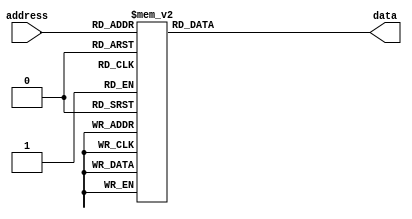
// From mame/robotron/decoder.6
 
module decoder_6 (
        input [8:0] address,
        output reg [7:0] data);

  always @(*)
    case (address)
        9'b000000000: // 0
            data = 8'b00000000; // 0
        9'b000000001: // 1
            data = 8'b00000000; // 0
        9'b000000010: // 2
            data = 8'b00000001; // 1
        9'b000000011: // 3
            data = 8'b00000010; // 2
        9'b000000100: // 4
            data = 8'b00000011; // 3
        9'b000000101: // 5
            data = 8'b00000100; // 4
        9'b000000110: // 6
            data = 8'b00000101; // 5
        9'b000000111: // 7
            data = 8'b00000110; // 6
        9'b000001000: // 8
            data = 8'b00000111; // 7
        9'b000001001: // 9
            data = 8'b00001000; // 8
        9'b000001010: // a
            data = 8'b00001001; // 9
        9'b000001011: // b
            data = 8'b00001010; // a
        9'b000001100: // c
            data = 8'b00001011; // b
        9'b000001101: // d
            data = 8'b00001100; // c
        9'b000001110: // e
            data = 8'b00001101; // d
        9'b000001111: // f
            data = 8'b00001110; // e
        9'b000010000: // 10
            data = 8'b00001111; // f
        9'b000010001: // 11
            data = 8'b00010000; // 10
        9'b000010010: // 12
            data = 8'b00010001; // 11
        9'b000010011: // 13
            data = 8'b00010010; // 12
        9'b000010100: // 14
            data = 8'b00010011; // 13
        9'b000010101: // 15
            data = 8'b00010100; // 14
        9'b000010110: // 16
            data = 8'b00010101; // 15
        9'b000010111: // 17
            data = 8'b00010110; // 16
        9'b000011000: // 18
            data = 8'b00010111; // 17
        9'b000011001: // 19
            data = 8'b00011000; // 18
        9'b000011010: // 1a
            data = 8'b00011001; // 19
        9'b000011011: // 1b
            data = 8'b00011010; // 1a
        9'b000011100: // 1c
            data = 8'b00011011; // 1b
        9'b000011101: // 1d
            data = 8'b00011100; // 1c
        9'b000011110: // 1e
            data = 8'b00011101; // 1d
        9'b000011111: // 1f
            data = 8'b00011110; // 1e
        9'b000100000: // 20
            data = 8'b00011111; // 1f
        9'b000100001: // 21
            data = 8'b00100000; // 20
        9'b000100010: // 22
            data = 8'b00100001; // 21
        9'b000100011: // 23
            data = 8'b00100010; // 22
        9'b000100100: // 24
            data = 8'b00100011; // 23
        9'b000100101: // 25
            data = 8'b00100100; // 24
        9'b000100110: // 26
            data = 8'b00100101; // 25
        9'b000100111: // 27
            data = 8'b00100110; // 26
        9'b000101000: // 28
            data = 8'b00100111; // 27
        9'b000101001: // 29
            data = 8'b00101000; // 28
        9'b000101010: // 2a
            data = 8'b00101001; // 29
        9'b000101011: // 2b
            data = 8'b00101010; // 2a
        9'b000101100: // 2c
            data = 8'b00101011; // 2b
        9'b000101101: // 2d
            data = 8'b00101100; // 2c
        9'b000101110: // 2e
            data = 8'b00101101; // 2d
        9'b000101111: // 2f
            data = 8'b00101110; // 2e
        9'b000110000: // 30
            data = 8'b00101111; // 2f
        9'b000110001: // 31
            data = 8'b00110000; // 30
        9'b000110010: // 32
            data = 8'b00110001; // 31
        9'b000110011: // 33
            data = 8'b00110010; // 32
        9'b000110100: // 34
            data = 8'b00110011; // 33
        9'b000110101: // 35
            data = 8'b00110100; // 34
        9'b000110110: // 36
            data = 8'b00110101; // 35
        9'b000110111: // 37
            data = 8'b00110110; // 36
        9'b000111000: // 38
            data = 8'b00110111; // 37
        9'b000111001: // 39
            data = 8'b00111000; // 38
        9'b000111010: // 3a
            data = 8'b00111001; // 39
        9'b000111011: // 3b
            data = 8'b00111010; // 3a
        9'b000111100: // 3c
            data = 8'b00111011; // 3b
        9'b000111101: // 3d
            data = 8'b00111100; // 3c
        9'b000111110: // 3e
            data = 8'b00111101; // 3d
        9'b000111111: // 3f
            data = 8'b00111110; // 3e
        9'b001000000: // 40
            data = 8'b00111111; // 3f
        9'b001000001: // 41
            data = 8'b01000000; // 40
        9'b001000010: // 42
            data = 8'b01000001; // 41
        9'b001000011: // 43
            data = 8'b01000010; // 42
        9'b001000100: // 44
            data = 8'b01000011; // 43
        9'b001000101: // 45
            data = 8'b01000100; // 44
        9'b001000110: // 46
            data = 8'b01000101; // 45
        9'b001000111: // 47
            data = 8'b01000110; // 46
        9'b001001000: // 48
            data = 8'b01000111; // 47
        9'b001001001: // 49
            data = 8'b01001000; // 48
        9'b001001010: // 4a
            data = 8'b01001001; // 49
        9'b001001011: // 4b
            data = 8'b01001010; // 4a
        9'b001001100: // 4c
            data = 8'b01001011; // 4b
        9'b001001101: // 4d
            data = 8'b01001100; // 4c
        9'b001001110: // 4e
            data = 8'b01001101; // 4d
        9'b001001111: // 4f
            data = 8'b01001110; // 4e
        9'b001010000: // 50
            data = 8'b01001111; // 4f
        9'b001010001: // 51
            data = 8'b01010000; // 50
        9'b001010010: // 52
            data = 8'b01010001; // 51
        9'b001010011: // 53
            data = 8'b01010010; // 52
        9'b001010100: // 54
            data = 8'b01010011; // 53
        9'b001010101: // 55
            data = 8'b01010100; // 54
        9'b001010110: // 56
            data = 8'b01010101; // 55
        9'b001010111: // 57
            data = 8'b01010110; // 56
        9'b001011000: // 58
            data = 8'b01010111; // 57
        9'b001011001: // 59
            data = 8'b01011000; // 58
        9'b001011010: // 5a
            data = 8'b01011001; // 59
        9'b001011011: // 5b
            data = 8'b01011010; // 5a
        9'b001011100: // 5c
            data = 8'b01011011; // 5b
        9'b001011101: // 5d
            data = 8'b01011100; // 5c
        9'b001011110: // 5e
            data = 8'b01011101; // 5d
        9'b001011111: // 5f
            data = 8'b01011110; // 5e
        9'b001100000: // 60
            data = 8'b01011111; // 5f
        9'b001100001: // 61
            data = 8'b01100000; // 60
        9'b001100010: // 62
            data = 8'b01100001; // 61
        9'b001100011: // 63
            data = 8'b01100010; // 62
        9'b001100100: // 64
            data = 8'b01100011; // 63
        9'b001100101: // 65
            data = 8'b01100100; // 64
        9'b001100110: // 66
            data = 8'b01100101; // 65
        9'b001100111: // 67
            data = 8'b01100110; // 66
        9'b001101000: // 68
            data = 8'b01100111; // 67
        9'b001101001: // 69
            data = 8'b01101000; // 68
        9'b001101010: // 6a
            data = 8'b01101001; // 69
        9'b001101011: // 6b
            data = 8'b01101010; // 6a
        9'b001101100: // 6c
            data = 8'b01101011; // 6b
        9'b001101101: // 6d
            data = 8'b01101100; // 6c
        9'b001101110: // 6e
            data = 8'b01101101; // 6d
        9'b001101111: // 6f
            data = 8'b01101110; // 6e
        9'b001110000: // 70
            data = 8'b01101111; // 6f
        9'b001110001: // 71
            data = 8'b01110000; // 70
        9'b001110010: // 72
            data = 8'b01110001; // 71
        9'b001110011: // 73
            data = 8'b01110010; // 72
        9'b001110100: // 74
            data = 8'b01110011; // 73
        9'b001110101: // 75
            data = 8'b01110100; // 74
        9'b001110110: // 76
            data = 8'b01110101; // 75
        9'b001110111: // 77
            data = 8'b01110110; // 76
        9'b001111000: // 78
            data = 8'b01110111; // 77
        9'b001111001: // 79
            data = 8'b01111000; // 78
        9'b001111010: // 7a
            data = 8'b01111001; // 79
        9'b001111011: // 7b
            data = 8'b01111010; // 7a
        9'b001111100: // 7c
            data = 8'b01111011; // 7b
        9'b001111101: // 7d
            data = 8'b01111100; // 7c
        9'b001111110: // 7e
            data = 8'b01111101; // 7d
        9'b001111111: // 7f
            data = 8'b01111110; // 7e
        9'b010000000: // 80
            data = 8'b01111111; // 7f
        9'b010000001: // 81
            data = 8'b10000000; // 80
        9'b010000010: // 82
            data = 8'b10000001; // 81
        9'b010000011: // 83
            data = 8'b10000010; // 82
        9'b010000100: // 84
            data = 8'b10000011; // 83
        9'b010000101: // 85
            data = 8'b10000100; // 84
        9'b010000110: // 86
            data = 8'b10000101; // 85
        9'b010000111: // 87
            data = 8'b10000110; // 86
        9'b010001000: // 88
            data = 8'b10000111; // 87
        9'b010001001: // 89
            data = 8'b10001000; // 88
        9'b010001010: // 8a
            data = 8'b10001001; // 89
        9'b010001011: // 8b
            data = 8'b10001010; // 8a
        9'b010001100: // 8c
            data = 8'b10001011; // 8b
        9'b010001101: // 8d
            data = 8'b10001100; // 8c
        9'b010001110: // 8e
            data = 8'b10001101; // 8d
        9'b010001111: // 8f
            data = 8'b10001110; // 8e
        9'b010010000: // 90
            data = 8'b10001111; // 8f
        9'b010010001: // 91
            data = 8'b10010000; // 90
        9'b010010010: // 92
            data = 8'b10010001; // 91
        9'b010010011: // 93
            data = 8'b10010010; // 92
        9'b010010100: // 94
            data = 8'b10010011; // 93
        9'b010010101: // 95
            data = 8'b10010100; // 94
        9'b010010110: // 96
            data = 8'b10010101; // 95
        9'b010010111: // 97
            data = 8'b10010110; // 96
        9'b010011000: // 98
            data = 8'b10010111; // 97
        9'b010011001: // 99
            data = 8'b10011000; // 98
        9'b010011010: // 9a
            data = 8'b10011001; // 99
        9'b010011011: // 9b
            data = 8'b10011010; // 9a
        9'b010011100: // 9c
            data = 8'b10011011; // 9b
        9'b010011101: // 9d
            data = 8'b10011100; // 9c
        9'b010011110: // 9e
            data = 8'b10011101; // 9d
        9'b010011111: // 9f
            data = 8'b10011110; // 9e
        9'b010100000: // a0
            data = 8'b10011111; // 9f
        9'b010100001: // a1
            data = 8'b10100000; // a0
        9'b010100010: // a2
            data = 8'b10100001; // a1
        9'b010100011: // a3
            data = 8'b10100010; // a2
        9'b010100100: // a4
            data = 8'b10100011; // a3
        9'b010100101: // a5
            data = 8'b10100100; // a4
        9'b010100110: // a6
            data = 8'b10100101; // a5
        9'b010100111: // a7
            data = 8'b10100110; // a6
        9'b010101000: // a8
            data = 8'b10100111; // a7
        9'b010101001: // a9
            data = 8'b10101000; // a8
        9'b010101010: // aa
            data = 8'b10101001; // a9
        9'b010101011: // ab
            data = 8'b10101010; // aa
        9'b010101100: // ac
            data = 8'b10101011; // ab
        9'b010101101: // ad
            data = 8'b10101100; // ac
        9'b010101110: // ae
            data = 8'b10101101; // ad
        9'b010101111: // af
            data = 8'b10101110; // ae
        9'b010110000: // b0
            data = 8'b10101111; // af
        9'b010110001: // b1
            data = 8'b10110000; // b0
        9'b010110010: // b2
            data = 8'b10110001; // b1
        9'b010110011: // b3
            data = 8'b10110010; // b2
        9'b010110100: // b4
            data = 8'b10110011; // b3
        9'b010110101: // b5
            data = 8'b10110100; // b4
        9'b010110110: // b6
            data = 8'b10110101; // b5
        9'b010110111: // b7
            data = 8'b10110110; // b6
        9'b010111000: // b8
            data = 8'b10110111; // b7
        9'b010111001: // b9
            data = 8'b10111000; // b8
        9'b010111010: // ba
            data = 8'b10111001; // b9
        9'b010111011: // bb
            data = 8'b10111010; // ba
        9'b010111100: // bc
            data = 8'b10111011; // bb
        9'b010111101: // bd
            data = 8'b10111100; // bc
        9'b010111110: // be
            data = 8'b10111101; // bd
        9'b010111111: // bf
            data = 8'b10111110; // be
        9'b011000000: // c0
            data = 8'b10111111; // bf
        9'b011000001: // c1
            data = 8'b11000000; // c0
        9'b011000010: // c2
            data = 8'b11000001; // c1
        9'b011000011: // c3
            data = 8'b11000010; // c2
        9'b011000100: // c4
            data = 8'b11000011; // c3
        9'b011000101: // c5
            data = 8'b11000100; // c4
        9'b011000110: // c6
            data = 8'b11000101; // c5
        9'b011000111: // c7
            data = 8'b11000110; // c6
        9'b011001000: // c8
            data = 8'b11000111; // c7
        9'b011001001: // c9
            data = 8'b11001000; // c8
        9'b011001010: // ca
            data = 8'b11001001; // c9
        9'b011001011: // cb
            data = 8'b11001010; // ca
        9'b011001100: // cc
            data = 8'b11001011; // cb
        9'b011001101: // cd
            data = 8'b11001100; // cc
        9'b011001110: // ce
            data = 8'b11001101; // cd
        9'b011001111: // cf
            data = 8'b11001110; // ce
        9'b011010000: // d0
            data = 8'b11001111; // cf
        9'b011010001: // d1
            data = 8'b11010000; // d0
        9'b011010010: // d2
            data = 8'b11010001; // d1
        9'b011010011: // d3
            data = 8'b11010010; // d2
        9'b011010100: // d4
            data = 8'b11010011; // d3
        9'b011010101: // d5
            data = 8'b11010100; // d4
        9'b011010110: // d6
            data = 8'b11010101; // d5
        9'b011010111: // d7
            data = 8'b11010110; // d6
        9'b011011000: // d8
            data = 8'b11010111; // d7
        9'b011011001: // d9
            data = 8'b11011000; // d8
        9'b011011010: // da
            data = 8'b11011001; // d9
        9'b011011011: // db
            data = 8'b11011010; // da
        9'b011011100: // dc
            data = 8'b11011011; // db
        9'b011011101: // dd
            data = 8'b11011100; // dc
        9'b011011110: // de
            data = 8'b11011101; // dd
        9'b011011111: // df
            data = 8'b11011110; // de
        9'b011100000: // e0
            data = 8'b11011111; // df
        9'b011100001: // e1
            data = 8'b11100000; // e0
        9'b011100010: // e2
            data = 8'b11100001; // e1
        9'b011100011: // e3
            data = 8'b11100010; // e2
        9'b011100100: // e4
            data = 8'b11100011; // e3
        9'b011100101: // e5
            data = 8'b11100100; // e4
        9'b011100110: // e6
            data = 8'b11100101; // e5
        9'b011100111: // e7
            data = 8'b11100110; // e6
        9'b011101000: // e8
            data = 8'b11100111; // e7
        9'b011101001: // e9
            data = 8'b11101000; // e8
        9'b011101010: // ea
            data = 8'b11101001; // e9
        9'b011101011: // eb
            data = 8'b11101010; // ea
        9'b011101100: // ec
            data = 8'b11101011; // eb
        9'b011101101: // ed
            data = 8'b11101100; // ec
        9'b011101110: // ee
            data = 8'b11101101; // ed
        9'b011101111: // ef
            data = 8'b11101110; // ee
        9'b011110000: // f0
            data = 8'b11101111; // ef
        9'b011110001: // f1
            data = 8'b11110000; // f0
        9'b011110010: // f2
            data = 8'b11110001; // f1
        9'b011110011: // f3
            data = 8'b11110010; // f2
        9'b011110100: // f4
            data = 8'b11110011; // f3
        9'b011110101: // f5
            data = 8'b11110100; // f4
        9'b011110110: // f6
            data = 8'b11110101; // f5
        9'b011110111: // f7
            data = 8'b11110110; // f6
        9'b011111000: // f8
            data = 8'b11110111; // f7
        9'b011111001: // f9
            data = 8'b00000000; // 0
        9'b011111010: // fa
            data = 8'b00000000; // 0
        9'b011111011: // fb
            data = 8'b00000000; // 0
        9'b011111100: // fc
            data = 8'b00000000; // 0
        9'b011111101: // fd
            data = 8'b00000000; // 0
        9'b011111110: // fe
            data = 8'b00000000; // 0
        9'b011111111: // ff
            data = 8'b00000000; // 0
        9'b100000000: // 100
            data = 8'b00000000; // 0
        9'b100000001: // 101
            data = 8'b00000000; // 0
        9'b100000010: // 102
            data = 8'b00000000; // 0
        9'b100000011: // 103
            data = 8'b00000000; // 0
        9'b100000100: // 104
            data = 8'b00000000; // 0
        9'b100000101: // 105
            data = 8'b00000000; // 0
        9'b100000110: // 106
            data = 8'b00000000; // 0
        9'b100000111: // 107
            data = 8'b11110111; // f7
        9'b100001000: // 108
            data = 8'b11110110; // f6
        9'b100001001: // 109
            data = 8'b11110101; // f5
        9'b100001010: // 10a
            data = 8'b11110100; // f4
        9'b100001011: // 10b
            data = 8'b11110011; // f3
        9'b100001100: // 10c
            data = 8'b11110010; // f2
        9'b100001101: // 10d
            data = 8'b11110001; // f1
        9'b100001110: // 10e
            data = 8'b11110000; // f0
        9'b100001111: // 10f
            data = 8'b11101111; // ef
        9'b100010000: // 110
            data = 8'b11101110; // ee
        9'b100010001: // 111
            data = 8'b11101101; // ed
        9'b100010010: // 112
            data = 8'b11101100; // ec
        9'b100010011: // 113
            data = 8'b11101011; // eb
        9'b100010100: // 114
            data = 8'b11101010; // ea
        9'b100010101: // 115
            data = 8'b11101001; // e9
        9'b100010110: // 116
            data = 8'b11101000; // e8
        9'b100010111: // 117
            data = 8'b11100111; // e7
        9'b100011000: // 118
            data = 8'b11100110; // e6
        9'b100011001: // 119
            data = 8'b11100101; // e5
        9'b100011010: // 11a
            data = 8'b11100100; // e4
        9'b100011011: // 11b
            data = 8'b11100011; // e3
        9'b100011100: // 11c
            data = 8'b11100010; // e2
        9'b100011101: // 11d
            data = 8'b11100001; // e1
        9'b100011110: // 11e
            data = 8'b11100000; // e0
        9'b100011111: // 11f
            data = 8'b11011111; // df
        9'b100100000: // 120
            data = 8'b11011110; // de
        9'b100100001: // 121
            data = 8'b11011101; // dd
        9'b100100010: // 122
            data = 8'b11011100; // dc
        9'b100100011: // 123
            data = 8'b11011011; // db
        9'b100100100: // 124
            data = 8'b11011010; // da
        9'b100100101: // 125
            data = 8'b11011001; // d9
        9'b100100110: // 126
            data = 8'b11011000; // d8
        9'b100100111: // 127
            data = 8'b11010111; // d7
        9'b100101000: // 128
            data = 8'b11010110; // d6
        9'b100101001: // 129
            data = 8'b11010101; // d5
        9'b100101010: // 12a
            data = 8'b11010100; // d4
        9'b100101011: // 12b
            data = 8'b11010011; // d3
        9'b100101100: // 12c
            data = 8'b11010010; // d2
        9'b100101101: // 12d
            data = 8'b11010001; // d1
        9'b100101110: // 12e
            data = 8'b11010000; // d0
        9'b100101111: // 12f
            data = 8'b11001111; // cf
        9'b100110000: // 130
            data = 8'b11001110; // ce
        9'b100110001: // 131
            data = 8'b11001101; // cd
        9'b100110010: // 132
            data = 8'b11001100; // cc
        9'b100110011: // 133
            data = 8'b11001011; // cb
        9'b100110100: // 134
            data = 8'b11001010; // ca
        9'b100110101: // 135
            data = 8'b11001001; // c9
        9'b100110110: // 136
            data = 8'b11001000; // c8
        9'b100110111: // 137
            data = 8'b11000111; // c7
        9'b100111000: // 138
            data = 8'b11000110; // c6
        9'b100111001: // 139
            data = 8'b11000101; // c5
        9'b100111010: // 13a
            data = 8'b11000100; // c4
        9'b100111011: // 13b
            data = 8'b11000011; // c3
        9'b100111100: // 13c
            data = 8'b11000010; // c2
        9'b100111101: // 13d
            data = 8'b11000001; // c1
        9'b100111110: // 13e
            data = 8'b11000000; // c0
        9'b100111111: // 13f
            data = 8'b10111111; // bf
        9'b101000000: // 140
            data = 8'b10111110; // be
        9'b101000001: // 141
            data = 8'b10111101; // bd
        9'b101000010: // 142
            data = 8'b10111100; // bc
        9'b101000011: // 143
            data = 8'b10111011; // bb
        9'b101000100: // 144
            data = 8'b10111010; // ba
        9'b101000101: // 145
            data = 8'b10111001; // b9
        9'b101000110: // 146
            data = 8'b10111000; // b8
        9'b101000111: // 147
            data = 8'b10110111; // b7
        9'b101001000: // 148
            data = 8'b10110110; // b6
        9'b101001001: // 149
            data = 8'b10110101; // b5
        9'b101001010: // 14a
            data = 8'b10110100; // b4
        9'b101001011: // 14b
            data = 8'b10110011; // b3
        9'b101001100: // 14c
            data = 8'b10110010; // b2
        9'b101001101: // 14d
            data = 8'b10110001; // b1
        9'b101001110: // 14e
            data = 8'b10110000; // b0
        9'b101001111: // 14f
            data = 8'b10101111; // af
        9'b101010000: // 150
            data = 8'b10101110; // ae
        9'b101010001: // 151
            data = 8'b10101101; // ad
        9'b101010010: // 152
            data = 8'b10101100; // ac
        9'b101010011: // 153
            data = 8'b10101011; // ab
        9'b101010100: // 154
            data = 8'b10101010; // aa
        9'b101010101: // 155
            data = 8'b10101001; // a9
        9'b101010110: // 156
            data = 8'b10101000; // a8
        9'b101010111: // 157
            data = 8'b10100111; // a7
        9'b101011000: // 158
            data = 8'b10100110; // a6
        9'b101011001: // 159
            data = 8'b10100101; // a5
        9'b101011010: // 15a
            data = 8'b10100100; // a4
        9'b101011011: // 15b
            data = 8'b10100011; // a3
        9'b101011100: // 15c
            data = 8'b10100010; // a2
        9'b101011101: // 15d
            data = 8'b10100001; // a1
        9'b101011110: // 15e
            data = 8'b10100000; // a0
        9'b101011111: // 15f
            data = 8'b10011111; // 9f
        9'b101100000: // 160
            data = 8'b10011110; // 9e
        9'b101100001: // 161
            data = 8'b10011101; // 9d
        9'b101100010: // 162
            data = 8'b10011100; // 9c
        9'b101100011: // 163
            data = 8'b10011011; // 9b
        9'b101100100: // 164
            data = 8'b10011010; // 9a
        9'b101100101: // 165
            data = 8'b10011001; // 99
        9'b101100110: // 166
            data = 8'b10011000; // 98
        9'b101100111: // 167
            data = 8'b10010111; // 97
        9'b101101000: // 168
            data = 8'b10010110; // 96
        9'b101101001: // 169
            data = 8'b10010101; // 95
        9'b101101010: // 16a
            data = 8'b10010100; // 94
        9'b101101011: // 16b
            data = 8'b10010011; // 93
        9'b101101100: // 16c
            data = 8'b10010010; // 92
        9'b101101101: // 16d
            data = 8'b10010001; // 91
        9'b101101110: // 16e
            data = 8'b10010000; // 90
        9'b101101111: // 16f
            data = 8'b10001111; // 8f
        9'b101110000: // 170
            data = 8'b10001110; // 8e
        9'b101110001: // 171
            data = 8'b10001101; // 8d
        9'b101110010: // 172
            data = 8'b10001100; // 8c
        9'b101110011: // 173
            data = 8'b10001011; // 8b
        9'b101110100: // 174
            data = 8'b10001010; // 8a
        9'b101110101: // 175
            data = 8'b10001001; // 89
        9'b101110110: // 176
            data = 8'b10001000; // 88
        9'b101110111: // 177
            data = 8'b10000111; // 87
        9'b101111000: // 178
            data = 8'b10000110; // 86
        9'b101111001: // 179
            data = 8'b10000101; // 85
        9'b101111010: // 17a
            data = 8'b10000100; // 84
        9'b101111011: // 17b
            data = 8'b10000011; // 83
        9'b101111100: // 17c
            data = 8'b10000010; // 82
        9'b101111101: // 17d
            data = 8'b10000001; // 81
        9'b101111110: // 17e
            data = 8'b10000000; // 80
        9'b101111111: // 17f
            data = 8'b01111111; // 7f
        9'b110000000: // 180
            data = 8'b01111110; // 7e
        9'b110000001: // 181
            data = 8'b01111101; // 7d
        9'b110000010: // 182
            data = 8'b01111100; // 7c
        9'b110000011: // 183
            data = 8'b01111011; // 7b
        9'b110000100: // 184
            data = 8'b01111010; // 7a
        9'b110000101: // 185
            data = 8'b01111001; // 79
        9'b110000110: // 186
            data = 8'b01111000; // 78
        9'b110000111: // 187
            data = 8'b01110111; // 77
        9'b110001000: // 188
            data = 8'b01110110; // 76
        9'b110001001: // 189
            data = 8'b01110101; // 75
        9'b110001010: // 18a
            data = 8'b01110100; // 74
        9'b110001011: // 18b
            data = 8'b01110011; // 73
        9'b110001100: // 18c
            data = 8'b01110010; // 72
        9'b110001101: // 18d
            data = 8'b01110001; // 71
        9'b110001110: // 18e
            data = 8'b01110000; // 70
        9'b110001111: // 18f
            data = 8'b01101111; // 6f
        9'b110010000: // 190
            data = 8'b01101110; // 6e
        9'b110010001: // 191
            data = 8'b01101101; // 6d
        9'b110010010: // 192
            data = 8'b01101100; // 6c
        9'b110010011: // 193
            data = 8'b01101011; // 6b
        9'b110010100: // 194
            data = 8'b01101010; // 6a
        9'b110010101: // 195
            data = 8'b01101001; // 69
        9'b110010110: // 196
            data = 8'b01101000; // 68
        9'b110010111: // 197
            data = 8'b01100111; // 67
        9'b110011000: // 198
            data = 8'b01100110; // 66
        9'b110011001: // 199
            data = 8'b01100101; // 65
        9'b110011010: // 19a
            data = 8'b01100100; // 64
        9'b110011011: // 19b
            data = 8'b01100011; // 63
        9'b110011100: // 19c
            data = 8'b01100010; // 62
        9'b110011101: // 19d
            data = 8'b01100001; // 61
        9'b110011110: // 19e
            data = 8'b01100000; // 60
        9'b110011111: // 19f
            data = 8'b01011111; // 5f
        9'b110100000: // 1a0
            data = 8'b01011110; // 5e
        9'b110100001: // 1a1
            data = 8'b01011101; // 5d
        9'b110100010: // 1a2
            data = 8'b01011100; // 5c
        9'b110100011: // 1a3
            data = 8'b01011011; // 5b
        9'b110100100: // 1a4
            data = 8'b01011010; // 5a
        9'b110100101: // 1a5
            data = 8'b01011001; // 59
        9'b110100110: // 1a6
            data = 8'b01011000; // 58
        9'b110100111: // 1a7
            data = 8'b01010111; // 57
        9'b110101000: // 1a8
            data = 8'b01010110; // 56
        9'b110101001: // 1a9
            data = 8'b01010101; // 55
        9'b110101010: // 1aa
            data = 8'b01010100; // 54
        9'b110101011: // 1ab
            data = 8'b01010011; // 53
        9'b110101100: // 1ac
            data = 8'b01010010; // 52
        9'b110101101: // 1ad
            data = 8'b01010001; // 51
        9'b110101110: // 1ae
            data = 8'b01010000; // 50
        9'b110101111: // 1af
            data = 8'b01001111; // 4f
        9'b110110000: // 1b0
            data = 8'b01001110; // 4e
        9'b110110001: // 1b1
            data = 8'b01001101; // 4d
        9'b110110010: // 1b2
            data = 8'b01001100; // 4c
        9'b110110011: // 1b3
            data = 8'b01001011; // 4b
        9'b110110100: // 1b4
            data = 8'b01001010; // 4a
        9'b110110101: // 1b5
            data = 8'b01001001; // 49
        9'b110110110: // 1b6
            data = 8'b01001000; // 48
        9'b110110111: // 1b7
            data = 8'b01000111; // 47
        9'b110111000: // 1b8
            data = 8'b01000110; // 46
        9'b110111001: // 1b9
            data = 8'b01000101; // 45
        9'b110111010: // 1ba
            data = 8'b01000100; // 44
        9'b110111011: // 1bb
            data = 8'b01000011; // 43
        9'b110111100: // 1bc
            data = 8'b01000010; // 42
        9'b110111101: // 1bd
            data = 8'b01000001; // 41
        9'b110111110: // 1be
            data = 8'b01000000; // 40
        9'b110111111: // 1bf
            data = 8'b00111111; // 3f
        9'b111000000: // 1c0
            data = 8'b00111110; // 3e
        9'b111000001: // 1c1
            data = 8'b00111101; // 3d
        9'b111000010: // 1c2
            data = 8'b00111100; // 3c
        9'b111000011: // 1c3
            data = 8'b00111011; // 3b
        9'b111000100: // 1c4
            data = 8'b00111010; // 3a
        9'b111000101: // 1c5
            data = 8'b00111001; // 39
        9'b111000110: // 1c6
            data = 8'b00111000; // 38
        9'b111000111: // 1c7
            data = 8'b00110111; // 37
        9'b111001000: // 1c8
            data = 8'b00110110; // 36
        9'b111001001: // 1c9
            data = 8'b00110101; // 35
        9'b111001010: // 1ca
            data = 8'b00110100; // 34
        9'b111001011: // 1cb
            data = 8'b00110011; // 33
        9'b111001100: // 1cc
            data = 8'b00110010; // 32
        9'b111001101: // 1cd
            data = 8'b00110001; // 31
        9'b111001110: // 1ce
            data = 8'b00110000; // 30
        9'b111001111: // 1cf
            data = 8'b00101111; // 2f
        9'b111010000: // 1d0
            data = 8'b00101110; // 2e
        9'b111010001: // 1d1
            data = 8'b00101101; // 2d
        9'b111010010: // 1d2
            data = 8'b00101100; // 2c
        9'b111010011: // 1d3
            data = 8'b00101011; // 2b
        9'b111010100: // 1d4
            data = 8'b00101010; // 2a
        9'b111010101: // 1d5
            data = 8'b00101001; // 29
        9'b111010110: // 1d6
            data = 8'b00101000; // 28
        9'b111010111: // 1d7
            data = 8'b00100111; // 27
        9'b111011000: // 1d8
            data = 8'b00100110; // 26
        9'b111011001: // 1d9
            data = 8'b00100101; // 25
        9'b111011010: // 1da
            data = 8'b00100100; // 24
        9'b111011011: // 1db
            data = 8'b00100011; // 23
        9'b111011100: // 1dc
            data = 8'b00100010; // 22
        9'b111011101: // 1dd
            data = 8'b00100001; // 21
        9'b111011110: // 1de
            data = 8'b00100000; // 20
        9'b111011111: // 1df
            data = 8'b00011111; // 1f
        9'b111100000: // 1e0
            data = 8'b00011110; // 1e
        9'b111100001: // 1e1
            data = 8'b00011101; // 1d
        9'b111100010: // 1e2
            data = 8'b00011100; // 1c
        9'b111100011: // 1e3
            data = 8'b00011011; // 1b
        9'b111100100: // 1e4
            data = 8'b00011010; // 1a
        9'b111100101: // 1e5
            data = 8'b00011001; // 19
        9'b111100110: // 1e6
            data = 8'b00011000; // 18
        9'b111100111: // 1e7
            data = 8'b00010111; // 17
        9'b111101000: // 1e8
            data = 8'b00010110; // 16
        9'b111101001: // 1e9
            data = 8'b00010101; // 15
        9'b111101010: // 1ea
            data = 8'b00010100; // 14
        9'b111101011: // 1eb
            data = 8'b00010011; // 13
        9'b111101100: // 1ec
            data = 8'b00010010; // 12
        9'b111101101: // 1ed
            data = 8'b00010001; // 11
        9'b111101110: // 1ee
            data = 8'b00010000; // 10
        9'b111101111: // 1ef
            data = 8'b00001111; // f
        9'b111110000: // 1f0
            data = 8'b00001110; // e
        9'b111110001: // 1f1
            data = 8'b00001101; // d
        9'b111110010: // 1f2
            data = 8'b00001100; // c
        9'b111110011: // 1f3
            data = 8'b00001011; // b
        9'b111110100: // 1f4
            data = 8'b00001010; // a
        9'b111110101: // 1f5
            data = 8'b00001001; // 9
        9'b111110110: // 1f6
            data = 8'b00001000; // 8
        9'b111110111: // 1f7
            data = 8'b00000111; // 7
        9'b111111000: // 1f8
            data = 8'b00000110; // 6
        9'b111111001: // 1f9
            data = 8'b00000101; // 5
        9'b111111010: // 1fa
            data = 8'b00000100; // 4
        9'b111111011: // 1fb
            data = 8'b00000011; // 3
        9'b111111100: // 1fc
            data = 8'b00000010; // 2
        9'b111111101: // 1fd
            data = 8'b00000001; // 1
        9'b111111110: // 1fe
            data = 8'b00000000; // 0
        9'b111111111: // 1ff
            data = 8'b00000000; // 0

        default:
            data = 8'b0;
        endcase
endmodule